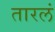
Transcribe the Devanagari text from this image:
तारलं